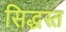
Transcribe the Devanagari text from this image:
सिद्धस्त